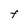
Character: F